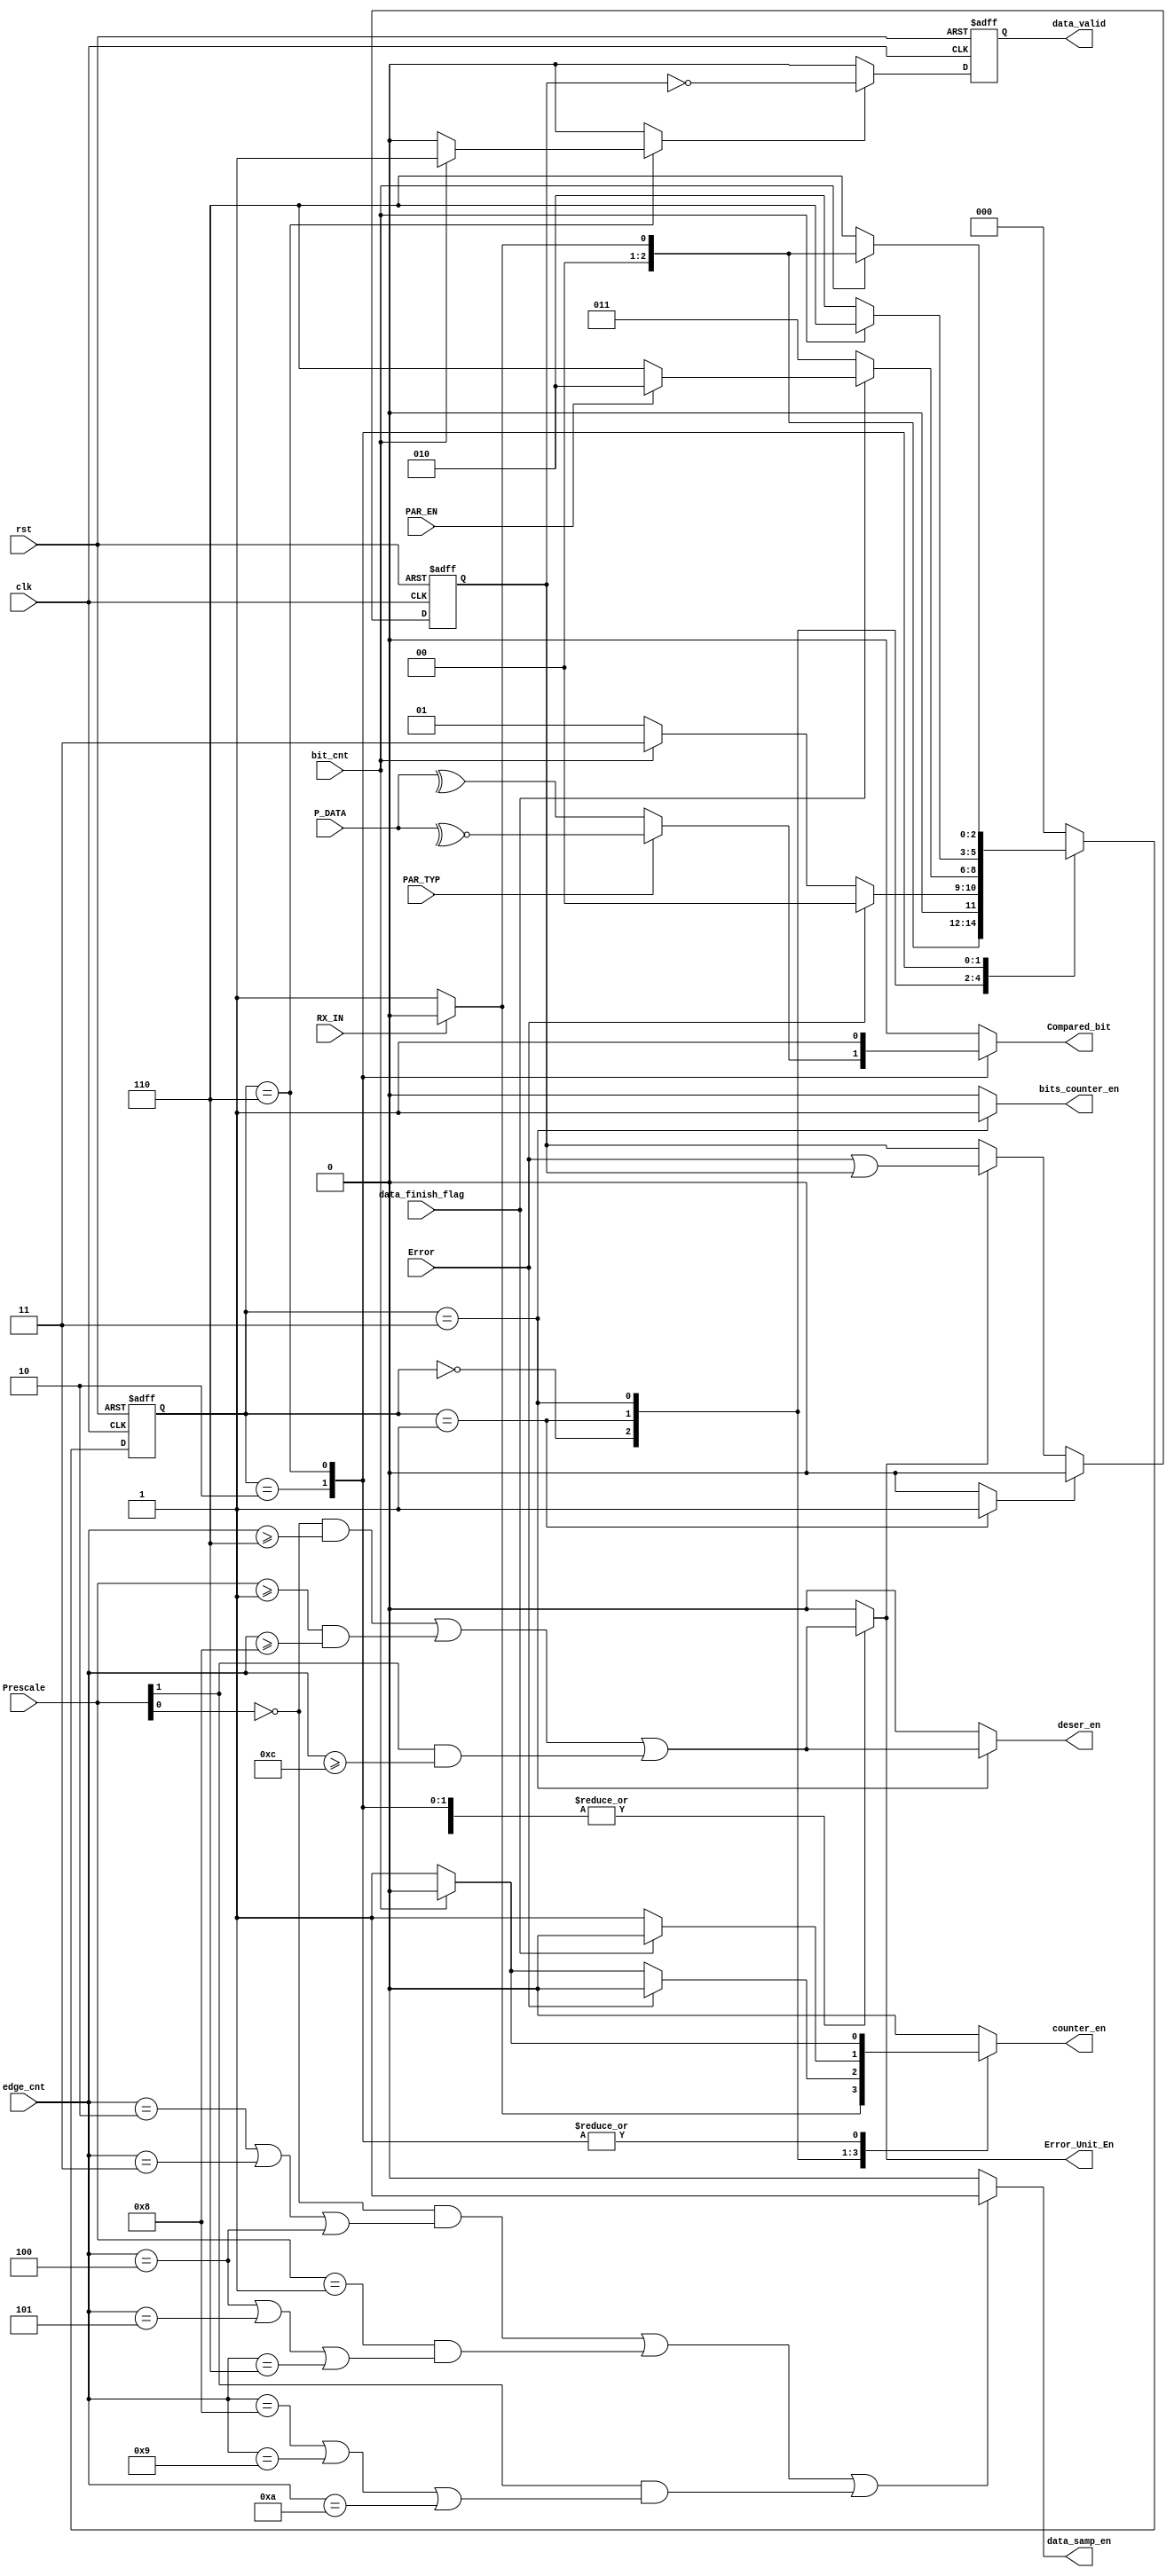
module RX_FSM #(parameter Counter_Size='d5) (
    input  wire clk,
    input  wire rst,
    input  wire RX_IN, // serial data input to the RX
    input  wire PAR_EN, // Parity Enable form the system should follow the TX
    input  wire [1:0] Prescale,
    input  wire bit_cnt, // Which bit is being received now
    input  wire data_finish_flag, 
    input  wire [Counter_Size-1:0] edge_cnt, // which edge the RX is at now 
    input  wire [7:0] P_DATA ,

    input   wire PAR_TYP,
    input   wire Error,
    output  reg Compared_bit,
    //input  wire par_err, // parity error 
    //input  wire start_err, // start error 
   //input  wire stop_err, // stop error

    output reg counter_en, // Counter enable
    output reg bits_counter_en, //Bits Counter Enable

    output reg Error_Unit_En,
    output reg data_samp_en,
    //output reg comparitor_en, //! check it
    //output reg start_check_en,
    output reg deser_en,
   // output reg par_check_en,
   // output reg stop_check_en,
    output reg data_valid
);

reg [2:0] CurrentState,NextState;
wire start_first,start_sec,start_third;
reg Rest_data_valid;
reg Error_REG;
reg Out_data_valid;
//reg strt_error , par_error , stp_error;
localparam Idle =3'b000, 
           Start=3'b001,
           Data =3'b011,
           Parity=3'b010,
           Stop=3'b110;


always @(posedge clk or negedge rst ) begin
    if (!rst) begin
        CurrentState<=Idle;

    end else begin
        CurrentState<=NextState;
    end 
end           


always @(*) begin
    counter_en='b0;
    //start_check_en='b0;
    //par_check_en='b0;
    //stop_check_en='b0;
    Error_Unit_En='b0;
    bits_counter_en='b0;
    deser_en='b0;
    Compared_bit='b0;
    //data_valid='b0;
    Rest_data_valid='b0;
    Out_data_valid='b0;

    case (CurrentState)
       Idle : begin
        //data_valid=~Error_REG;
        if (!RX_IN) begin
            NextState=Start;
            counter_en='b1;
        end else begin
            NextState=Idle;
            counter_en='b0;

        end
       end

       Start:begin
        Compared_bit='b0;
        Rest_data_valid='b1;
        Error_Unit_En=((Prescale[0]==1'b0)&(edge_cnt>=5'b00110))|((Prescale>=2'b01)&(edge_cnt>=5'b01000)) |((Prescale[1]==1'b1)&(edge_cnt>=5'b01100));
       // start_check_en='b1;
        if (Error) begin
            NextState=Idle;
            counter_en='b0;
        end else begin
            if (!bit_cnt) begin
            NextState=Start;
            counter_en='b1;
        end else begin
            NextState=Data;
            counter_en='b0;
        end
        end
       end

       Data:begin
        deser_en=((Prescale[0]==1'b0)&(edge_cnt>=5'b00110))|((Prescale>=2'b01)&(edge_cnt>=5'b01000)) |((Prescale[1]==1'b1)&(edge_cnt>=5'b01100));
        bits_counter_en='b1;
        if (!data_finish_flag) begin
            NextState=Data;
            counter_en='b1;
            bits_counter_en='b1;
            //deser_en='b1;
        end else if (!PAR_EN) begin
            NextState=Stop;
            counter_en='b0;
        end else begin
            NextState=Parity;
            counter_en='b0;
        end
       end

       Parity:begin
        Error_Unit_En=((Prescale[0]==1'b0)&(edge_cnt>=5'b00110))|((Prescale>=2'b01)&(edge_cnt>=5'b01000)) |((Prescale[1]==1'b1)&(edge_cnt>=5'b01100));
        // par_check_en='b1;
        if (!PAR_TYP) begin
            Compared_bit=^P_DATA;
        end else begin
            Compared_bit=~^P_DATA;
        end

        if (!bit_cnt) begin
            NextState=Parity;
            counter_en='b1;
        end else begin
            NextState=Stop;
            counter_en='b0;
        end
       end

       Stop:begin
        Compared_bit='b1;
        Error_Unit_En=((Prescale[0]==1'b0)&(edge_cnt>=5'b00110))|((Prescale>=2'b01)&(edge_cnt>=5'b01000)) |((Prescale[1]==1'b1)&(edge_cnt>=5'b01100));
        if (!bit_cnt) begin
            NextState=Stop;
            counter_en='b1;
        end else  if (!RX_IN) begin 
            NextState=Start;
            counter_en='b0;
            Out_data_valid='b1;
            //data_valid='b1;
        end else begin
            NextState=Idle;
            Out_data_valid='b1;
            counter_en='b0;
        end
        end
    

        default: begin
            NextState=Idle;
        end
    endcase
end


always @(posedge clk or negedge rst) begin
    if (!rst) begin
        data_valid<='b0;
    end else if(Out_data_valid) begin
        data_valid<=~Error_REG;
    end else begin
        data_valid<='b0;

    end

end

always @(posedge clk or negedge rst) begin
    if (!rst) begin
        Error_REG<='b0;
    end else if(Rest_data_valid)begin
        Error_REG<='b0;
    end else if (Error_Unit_En)  begin   
        Error_REG<=Error|Error_REG;
    end
end
/*
always @(posedge clk or negedge rst) begin
    if (!rst) begin
        par_error<='b0;
    end else if (par_check_en)  begin   
        par_error<=par_err;
    end
end

always @(posedge clk or negedge rst) begin
    if (!rst) begin
        stp_error<='b0;
    end else if (stop_check_en)  begin   
        stp_error<=stop_err;
    end
end
*/

always @(*) begin
    if (start_first || start_sec || start_third) begin
        data_samp_en='b1;
    end else begin
        data_samp_en='b0;
    end
end

assign start_first=(Prescale[0]==1'b0)&((edge_cnt==5'b00010)|(edge_cnt==5'b00011)|(edge_cnt==5'b00100));
assign start_sec=(Prescale==2'b01)&((edge_cnt==5'b00100)|(edge_cnt==5'b00101)|(edge_cnt==5'b00110));
assign start_third=(Prescale[1]==1'b1)&((edge_cnt==5'b01000)|(edge_cnt==5'b01001)|(edge_cnt==5'b01010));    
endmodule